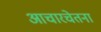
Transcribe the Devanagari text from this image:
आचारचेतना